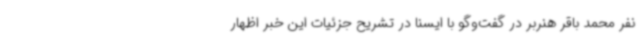
نفر محمد باقر هنربر در گفت‌وگو با ایسنا در تشریح جزئیات این خبر اظهار